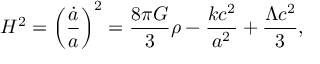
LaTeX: H ^ { 2 } = \left( { \frac { \dot { a } } { a } } \right) ^ { 2 } = { \frac { 8 \pi G } { 3 } } \rho - { \frac { k c ^ { 2 } } { a ^ { 2 } } } + { \frac { \Lambda c ^ { 2 } } { 3 } } ,